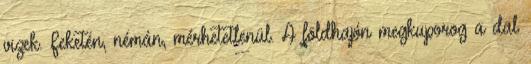
vizek. Feketén, némán, mérhetetlenül. A földhajón megkuporog a dal